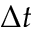
\Delta t